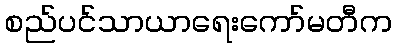
စည်ပင်သာယာရေးကော်မတီက